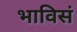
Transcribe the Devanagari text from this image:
भाविसं